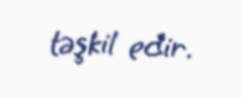
təşkil edir.